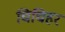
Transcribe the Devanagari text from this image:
चिचिहर